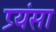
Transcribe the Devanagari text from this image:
प्र्यंसा